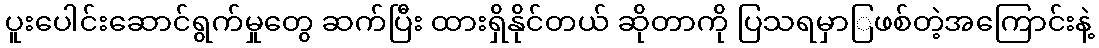
ပူးပေါင်းဆောင်ရွက်မှုတွေ ဆက်ပြီး ထားရှိနိုင်တယ် ဆိုတာကို ပြသရမှာြဖစ်တဲ့အကြောင်းနဲ့